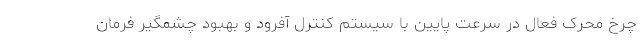
چرخ محرک فعال در سرعت پایین با سیستم کنترل آفرود و بهبود چشمگیر فرمان